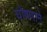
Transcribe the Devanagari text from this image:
घोषणाने